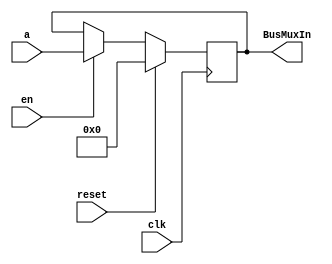
module incPC(input [31:0] a, input clk, input reset, input en, output reg [31:0] BusMuxIn);

	initial begin
		BusMuxIn <= 32'b0;
	end

    always @ (posedge clk) begin
		if (reset) begin
			BusMuxIn <= 32'b0;
		end
		else if (en) begin
			BusMuxIn <= a;
		end
	end
    
endmodule